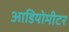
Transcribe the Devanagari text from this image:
आडियोमीटर